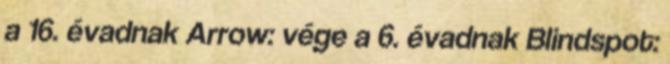
a 16. évadnak Arrow: vége a 6. évadnak Blindspot: